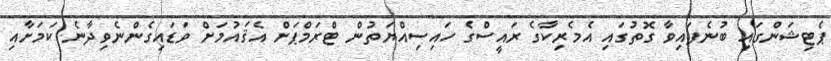
ޕެޓިޝަންގައި ބުނެފައިވާ ގޮތުގައި އެމެރިކާގެ ރައީސްގެ ހައިސިއްޔަތުން ޓްރަމްޕަށް އެޤައުމަށް ވަޑައިގެންނެވިދާނެ ކަމަށާއި